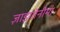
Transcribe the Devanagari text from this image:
ज़ाइगोनीमा